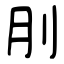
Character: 刖